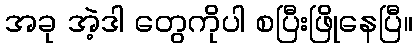
အခု အဲ့ဒါ တွေကိုပါ စပြီးဖြိုနေပြီ။